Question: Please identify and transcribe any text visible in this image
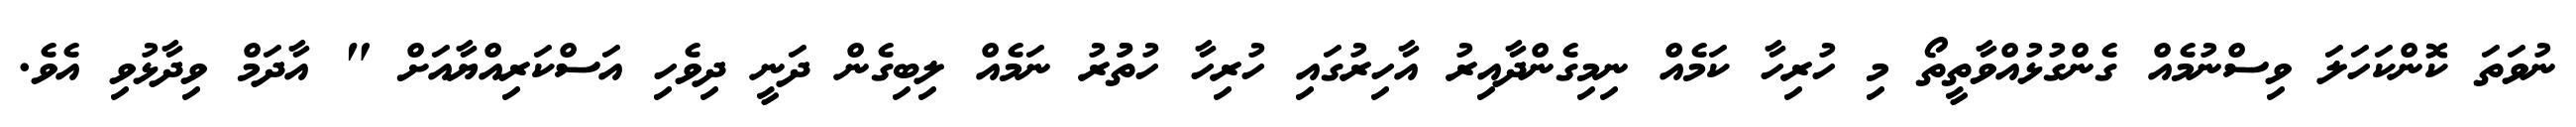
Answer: ނުވަތަ ކޮންކަހަލަ ވިސްނުމެއް ގެންގުޅުއްވާތީތޯ މި ހުރިހާ ކަމެއް ނިމިގެންދާއިރު އާހިރުގައި ހުރިހާ ހުތުުރު ނަމެއް ލިބިގެން ދަނީ ދިވެހި އަސްކަރިއްޔާއަށް " އާދަމް ވިދާޅުވި އެވެ.